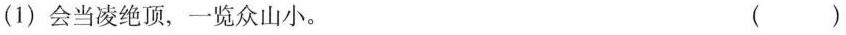
(1)会当凌绝顶，一览众山小。 ()